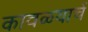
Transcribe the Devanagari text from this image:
कावळ्याचें